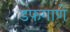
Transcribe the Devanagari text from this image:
डफगाणे